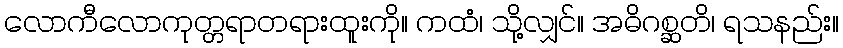
လောကီလောကုတ္တရာတရားထူးကို။ ကထံ၊ သို့လျှင်။ အဓိဂစ္ဆတိ၊ ရသနည်း။